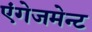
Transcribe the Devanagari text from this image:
एंगेजमेन्ट